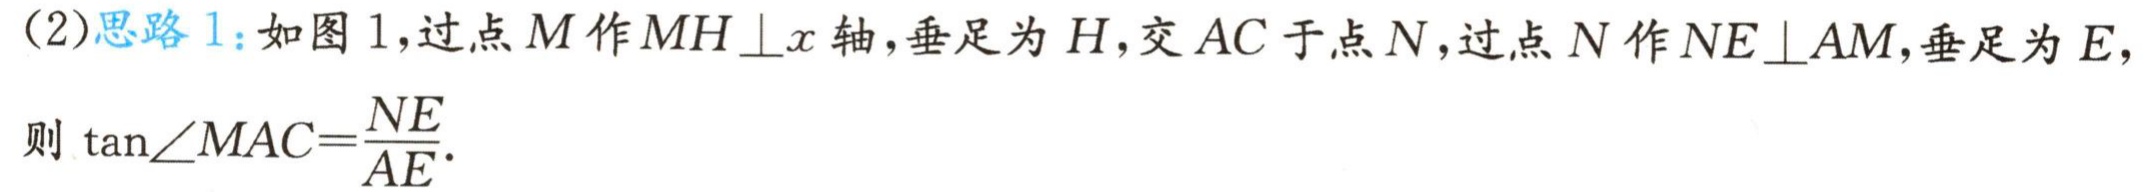
(2)思路1：如图1，过点\(M\)作\(MH\perp x\)轴，垂足为\(H\)，交\(AC\)于点\(N\)，过点\(N\)作\(NE\perp AM\)，垂足为\(E\)，
则\(\tan\angle MAC = \frac{NE}{AE}\).